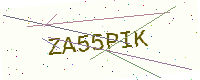
Text: ZA55PIK